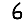
Digit: 6